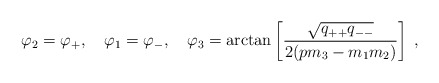
\begin{align*}\varphi_2 = \varphi_{+}, \quad\varphi_1 = \varphi_{-}, \quad\varphi_3 =\arctan\left[ \frac{\sqrt{q_{++} q_{--}}}{2(p m_3-m_1 m_2)} \right] \; ,\end{align*}